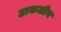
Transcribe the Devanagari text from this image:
टाकलीय